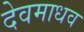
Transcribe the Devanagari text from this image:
देवमाधव